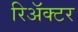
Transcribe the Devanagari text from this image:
रिअॅक्टर